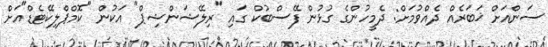
ސަންއަށް ޚަބަރެއް ދެއްވުމަށް: ދެމީހުންގެ ގުޅުން ފޭސްބުކް ގައި "ރިލޭޝަންޝިޕް" އަކުން "ކޮމްޕްލިކޭޓެޑް"އަށް